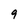
Character: 9